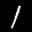
Label: 1